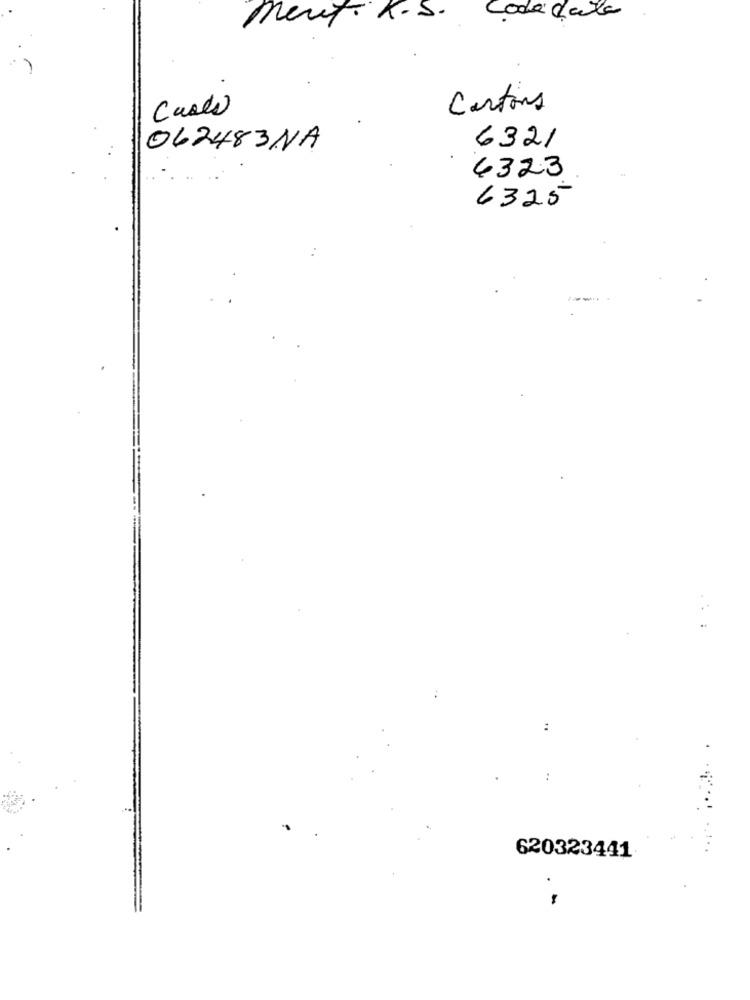
Mert. R.S.
Cada data
Cases
Cartons
062483NA
6321
4323
6325
:
620323441
.